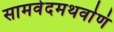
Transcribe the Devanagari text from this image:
सामवेदमथर्वाणं